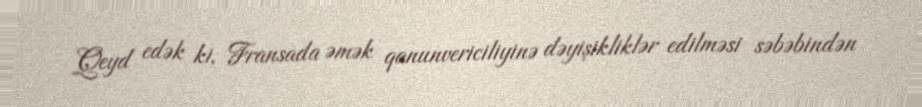
Qeyd edək ki, Fransada əmək qanunvericiliyinə dəyişikliklər edilməsi səbəbindən